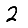
Digit: 2